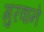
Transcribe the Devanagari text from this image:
गुरवाने